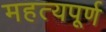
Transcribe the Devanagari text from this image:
महत्यपूर्ण